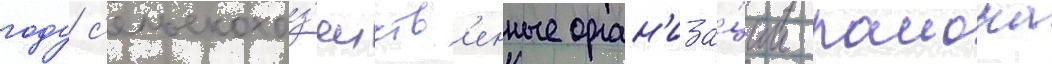
году с'ельскохоз'яиств'енные орган'иза́ции раиона